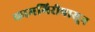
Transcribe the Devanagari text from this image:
कामगिरीपासून